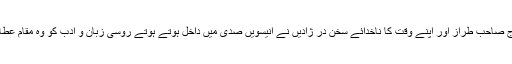
تاتاری نسل اور روسی تربیت میں پلنے والا شاعر میرؔ کا ہم عصر انہیں کی طرح نازک مزاج صاحب طراز اور اپنے وقت کا ناخدائے سخن در ژادیں نے انیسویں صدی میں داخل ہوتے ہوتے روسی زبان و ادب کو وہ مقام عطا کر دیا کہ یورپ کی تمام بڑی بڑی زبانوں میں روسی کتابوں کے ترجمے شائع ہونے لگے۔